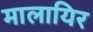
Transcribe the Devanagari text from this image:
मालायिर